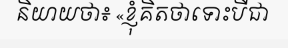
និយាយថា៖ «ខ្ញុំគិតថាទោះបីជា